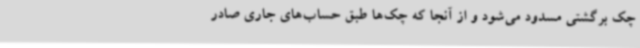
چک برگشتی مسدود می‌شود و از آنجا که چک‌ها طبق حساب‌های جاری صادر